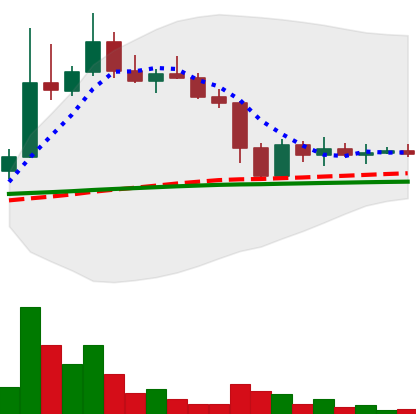
Ticker: DOGE-USD
Chart end date: 2022-11-16
Forward return: -12.703%
Label: down_7plus